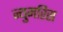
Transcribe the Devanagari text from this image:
न्युमरिस